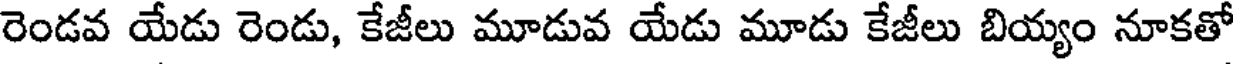
రెండవ యేడు రెండు, కేజీలు మూడువ యేడు మూడు కేజీలు బియ్యం నూకతో